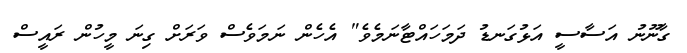
ގާނޫނު އަސާސީ އަޅުގަނޑު ދަމަހައްޓާނަމެވެ" އެހެން ނަމަވެސް ވަރަށް ގިނަ މީހުން ރައީސް